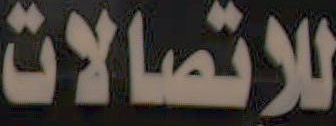
للإتصالات